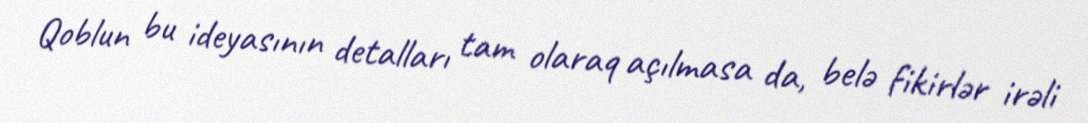
Qoblun bu ideyasının detalları tam olaraq açılmasa da, belə fikirlər irəli